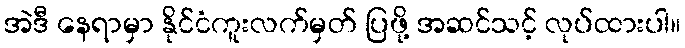
အဲဒီ နေရာမှာ နိုင်ငံကူးလက်မှတ် ပြဖို့ အဆင်သင့် လုပ်ထားပါ။